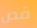
قص